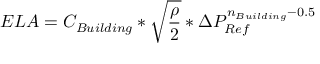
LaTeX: E L A = C _ { B u i l d i n g } * { \sqrt { \frac { \rho } { 2 } } } * { \Delta } P _ { R e f } ^ { n _ { B u i l d i n g } - 0 . 5 } \,